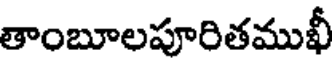
తాంబూలపూరితముఖీ